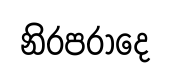
නිරපරාදෙ